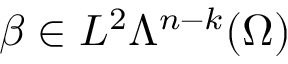
\beta \in L ^ { 2 } \Lambda ^ { n - k } ( \Omega )